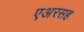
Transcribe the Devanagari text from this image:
एअरसह